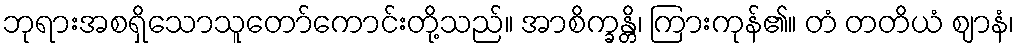
ဘုရားအစရှိသောသူတော်ကောင်းတို့သည်။ အာစိက္ခန္တိ၊ ကြားကုန်၏။ တံ တတိယံ ဈာနံ၊